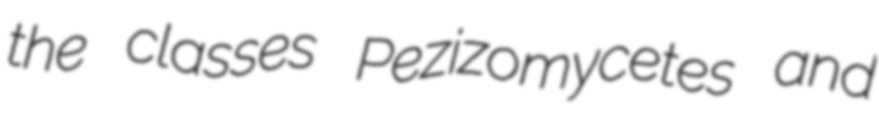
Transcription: the classes Pezizomycetes and